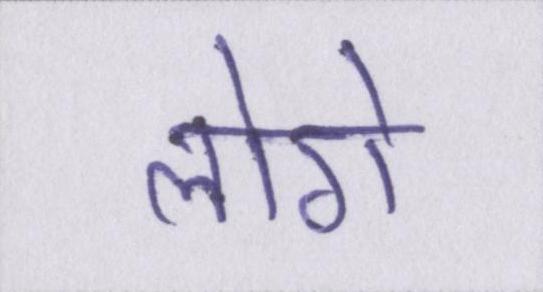
लोगे